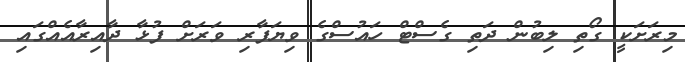
މިރަށަކީ ގޯތި ލިބުން ދަތި ގެސްޓް ހައުސްގެ ވިޔަފާރި ވަރަށް ފުޅާ ދާއިރާއެއްގައި